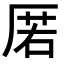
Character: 𭆋